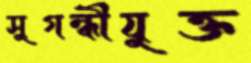
সুগন্ধীযুক্ত